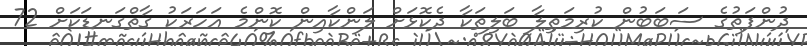
ދުންފަތުގެ ސަބަބުން ކުރިމަތިލާ ބަލިތަކާ ދެކޮޅަށް ލަންކާއިން ކޮންމެ އަހަރަކު ގާތްގަނޑަކަށް 72